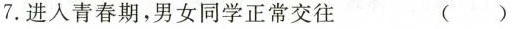
7.进入青春期，男女同学正常交往 ()